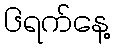
၆ရက်နေ့